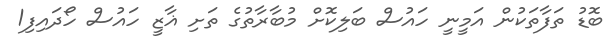
ބޮޑު ތަފާތަކުން އަމީނީ ހައުސް ބަލިކޮށް މުބާރާތުގެ ތަށި ޣާޒީ ހައުސް ހޯދައިފި1